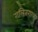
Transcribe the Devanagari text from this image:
गलितगात्र